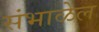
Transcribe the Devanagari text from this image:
संभाळेल